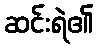
ဆင်းရဲ၏